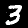
Digit: 3